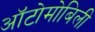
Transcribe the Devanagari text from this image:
ऑटोमोबिली